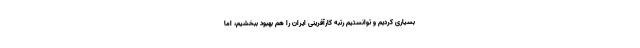
بسیاری کردیم و توانستیم رتبه کارآفرینی ایران را هم بهبود ببخشیم، اما